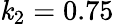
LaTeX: \mathit{k}_{2}=0.75